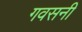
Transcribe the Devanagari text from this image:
गवसनी